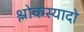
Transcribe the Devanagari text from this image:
श्लोकस्यादो